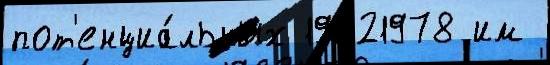
пот'енциа́льных 19621978 им